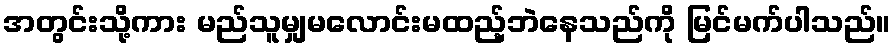
အတွင်းသို့ကား မည်သူမျှမလောင်းမထည့်ဘဲနေသည်ကို မြင်မက်ပါသည်။